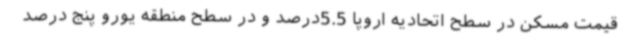
قیمت مسکن در سطح اتحادیه اروپا 5.5درصد و در سطح منطقه یورو پنج درصد